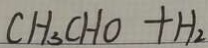
C H _ { 3 } C H O + H _ { 2 }